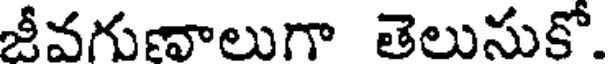
జీవగుణాలుగా తెలుసుకో.